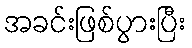
အခင်းဖြစ်ပွားပြီး